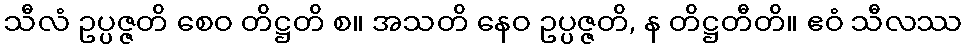
သီလံ ဥပ္ပဇ္ဇတိ စေဝ တိဋ္ဌတိ စ။ အသတိ နေဝ ဥပ္ပဇ္ဇတိ, န တိဋ္ဌတီတိ။ ဧဝံ သီလဿ